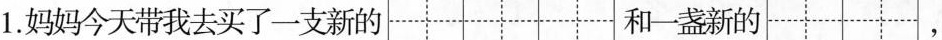
1.妈妈今天带我去买了一支新的 和一盏新的 ,